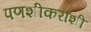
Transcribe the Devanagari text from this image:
पणशीकरांशी